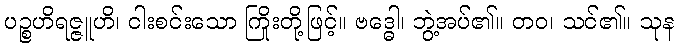
ပဉ္စဟိရဇ္ဇူဟိ၊ ငါးစင်းသော ကြိုးတို့ဖြင့်။ ဗဒ္ဓေါ၊ ဘွဲ့အပ်၏။ တဝ၊ သင်၏။ သုန